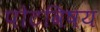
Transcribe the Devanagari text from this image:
पोटविषय